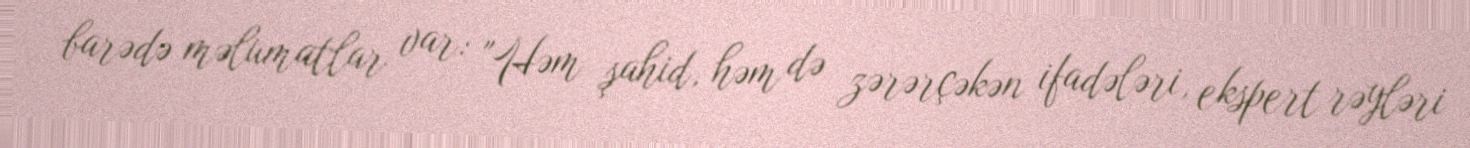
barədə məlumatlar var: "Həm şahid, həm də zərərçəkən ifadələri, ekspert rəyləri